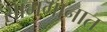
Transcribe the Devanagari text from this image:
सामगानात